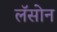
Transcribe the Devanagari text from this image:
लॅसोन